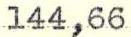
144,66